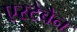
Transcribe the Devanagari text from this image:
एस्टेबैन